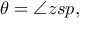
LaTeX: \theta = \angle z s p ,